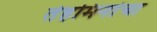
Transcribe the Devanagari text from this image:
तेहमिनांचा